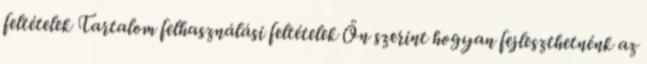
feltételek Tartalom felhasználási feltételek Ön szerint hogyan fejleszthetnénk az